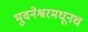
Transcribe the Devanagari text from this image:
भुवनेश्वरमधूनच